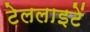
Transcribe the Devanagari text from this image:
टेललाइटें